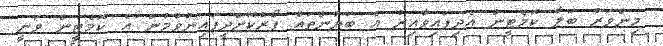
މިންވަރު ބަލާ ކޮމެޓީން އެދިފައިވާއިރު އެ ބަޔާންތައް ފޯރުކޮށްދީފައިނުވުމުން އެ ކޮމެޓީން ވަނީ